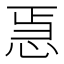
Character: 𭜳